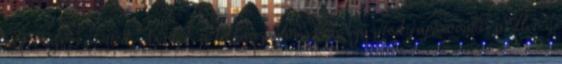
már észrevehetted. Kérlek, a felhasználónevet is igazítsd japánosabbra, illetve